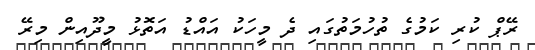
ރޭޕް ކުރި ކަމުގެ ތުހުމަތުގައި ދެ މީހަކު އައްޑު އަތޮޅު މީދޫއިން މިރޭ